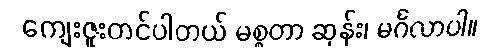
ကျေးဇူးတင်ပါတယ် မစ္စတာ ဆုန်း၊ မင်္ဂလာပါ။